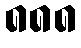
၈၈၈